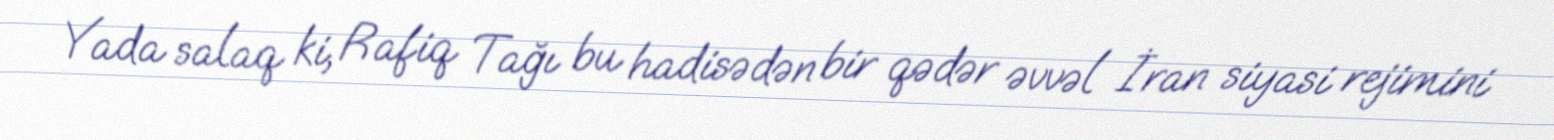
Yada salaq ki, Rafiq Tağı bu hadisədən bir qədər əvvəl İran siyasi rejimini